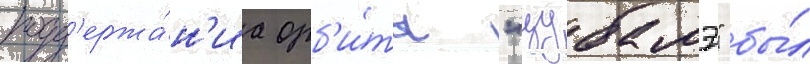
подд'ержа́н'иа орб'и́ты "цубамэ" бы́л